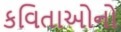
કવિતાઓનો